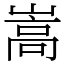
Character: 嵩